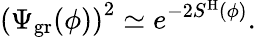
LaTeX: \left(\Psi_{\mathrm{gr}}(\phi)\right)^{2}\simeq e^{-2S^{\mathrm{H}}(\phi)}.